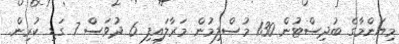
މިޔަންމާގެ ބުދިސްޓުން 130 މުސްލިމުން މަރާލައިފި 6 ދުވަސް 7 ގަޑި ކުރިން.